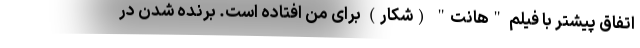
اتفاق پیشتر با فیلم "هانت" (شکار) برای من افتاده است. برنده شدن در